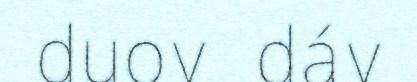
duov dáv